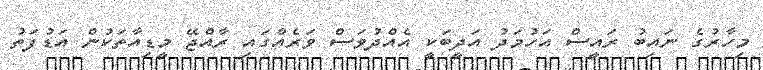
މިހާރުގެ ނައިބު ރައީސް އަހުމަދު އަދީބަކީ އެއްދުވަސް ވަރެއްގައި ރާއްޖޭ މީޑިއާތަކުން އަޑުފަތު